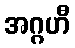
အဂ္ဂဟီ